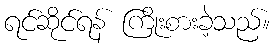
ရင်ဆိုင်ရန် ကြိုးစားခဲ့သည်။